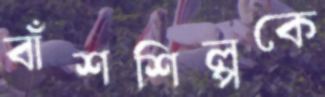
বাঁশশিল্পকে